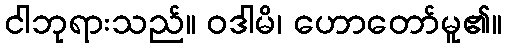
ငါဘုရားသည်။ ဝဒါမိ၊ ဟောတော်မူ၏။